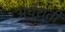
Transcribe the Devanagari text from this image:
अर्धशती